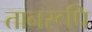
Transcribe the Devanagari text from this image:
तानरूपि